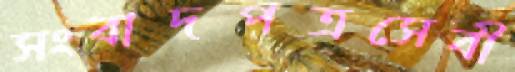
সংবাদপত্রসেবী